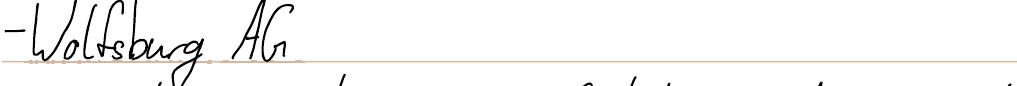
- Wolfsburg AG